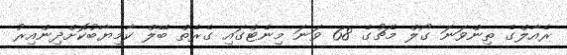
ރެއާލްގެ ތިންވަނަ ގޯލް މެޗުގެ 68 ވަނަ މިނެޓްގައި ގެރެތް ބޭލް ކާމިޔާބުކޮށްދިންއިރު